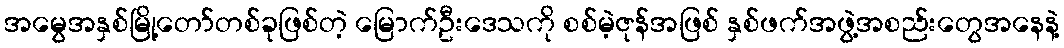
အမွေအနှစ်မြို့တော်တစ်ခုဖြစ်တဲ့ မြောက်ဦးဒေသကို စစ်မဲ့ဇုန်အဖြစ် နှစ်ဖက်အဖွဲ့အစည်းတွေအနေနဲ့